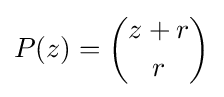
P(z)={\binom {z+r}{r}}